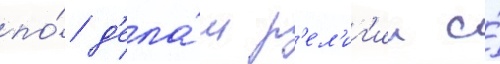
по́ д'ела́м р'ел'иг'ии и́